Indian journal of veterinary science and animal husbandry - Volumes 15-17, 1948-1951
Year: 1948
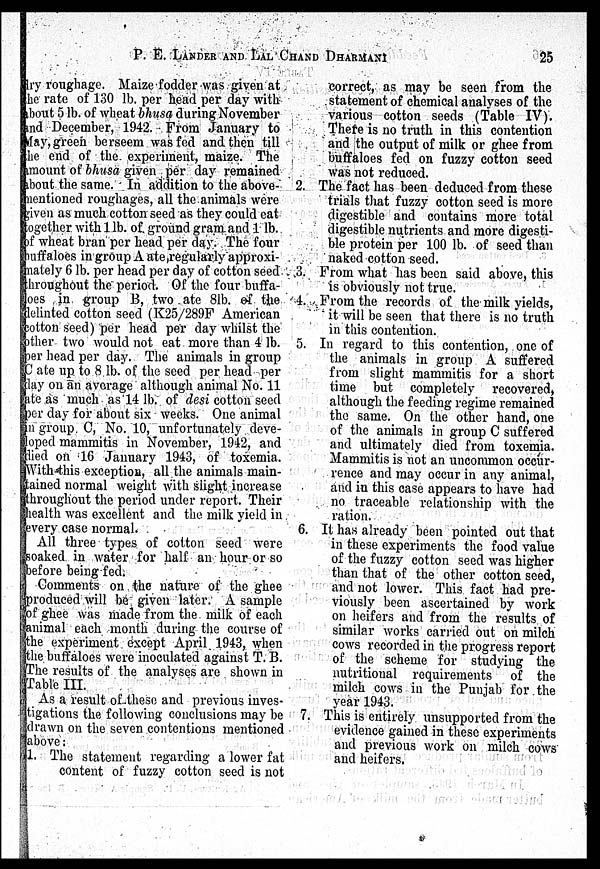
P. E. LANDER AND LAL CHAND DHARMANI 25
dry roughage. Maize fodder was given at
the rate of 130 lb. per head per day with
about 5 lb. of wheat bhusa during November
and December, 1942. From January to
May, green berseem was fed and then till
the end of the experiment, maize. The
amount of bhusa given per day remained
about the same. In addition to the above-
mentioned roughages, all the animals were
given as much cotton seed as they could eat
together with 1 lb. of ground gram and 1 lb.
of wheat bran per head per day. The four
buffaloes in group A ate regularly approxi-
mately 6 lb. per head per day of cotton seed
throughout the period. Of the four buffa-
loes in. group B, two ate 81b. of the
delinted cotton seed (K25/289F American
cotton seed) per head per day whilst the
other two would not eat more than 4 lb.
per head per day. The animals in group
C ate up to 8 lb. of the seed per head per
day on an average although animal No. 11
ate as much as 14 lb. of desi cotton seed
per day for about six weeks. One animal
in group C, No. 10, unfortunately deve-
loped mammitis in November, 1942, and
died on 16 January 1943, of toxemia.
With this exception, all the animals main-
tained normal weight with slight increase
throughout the period under report. Their
health was excellent and the milk yield in
every case normal.
All three types of cotton seed were
soaked in water for half an hour or so
before being fed.
Comments on the nature of the ghee
produced will be given later. A sample
of ghee was made from the milk of each
animal each month during the course of
the experiment except April 1943, when
the buffaloes were inoculated against T. B.
The results of the analyses are shown in
Table III.
As a. result of these and previous inves-
tigations the following conclusions may be
drawn on the seven contentions mentioned
above;
1. The statement regarding a lower fat
content of fuzzy cotton seed is not
correct, as may be seen from the
statement of chemical analyses of the
various cotton seeds (Table IV).
There is no truth in this contention
and the output of milk or ghee from
buffaloes fed on fuzzy cotton seed
was not reduced.
2. The fact has been deduced from these
trials that fuzzy cotton seed is more
digestible and contains more total
digestible nutrients and more digesti-
ble protein per 100 lb. of seed than
naked cotton seed.
3. From what has been said above, this
is obviously not true.
4. From the records of the milk yields,
it will be seen that there is no truth
in this contention.
5. In regard to this contention, one of
the animals in group A suffered
from slight mammitis for a short
time but completely recovered,
although the feeding regime remained
the same. On the other hand, one
of the animals in group C suffered
and ultimately died from toxemia.
Mammitis is not an uncommon occur-
rence and may occur in any animal,
and in this case appears to have had
no traceable relationship with the
ration.
6. It has already been pointed out that
in these experiments the food value
of the fuzzy cotton seed was higher
than that of the other cotton seed,
and not lower. This fact had pre-
viously been ascertained by work
on heifers and from the results of
similar works carried out on milch
cows recorded in the progress report
of the scheme for studying the
nutritional requirements of the
milch cows in the Punjab for the
year 1943.
7. This is entirely unsupported from the
evidence gained in these experiments
and previous work on milch cows
and heifers.